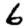
Digit: 6